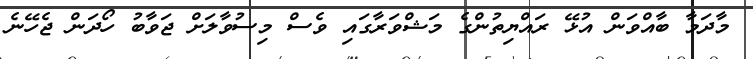
މާދަމާ ބާއްވަން އުޅޭ ރައްޔިތުންގެ މަޝްވަރާގައި ވެސް މިސުވާލަށް ޖަވާބު ހޯދަން ޖެހޭނެ